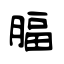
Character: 腷